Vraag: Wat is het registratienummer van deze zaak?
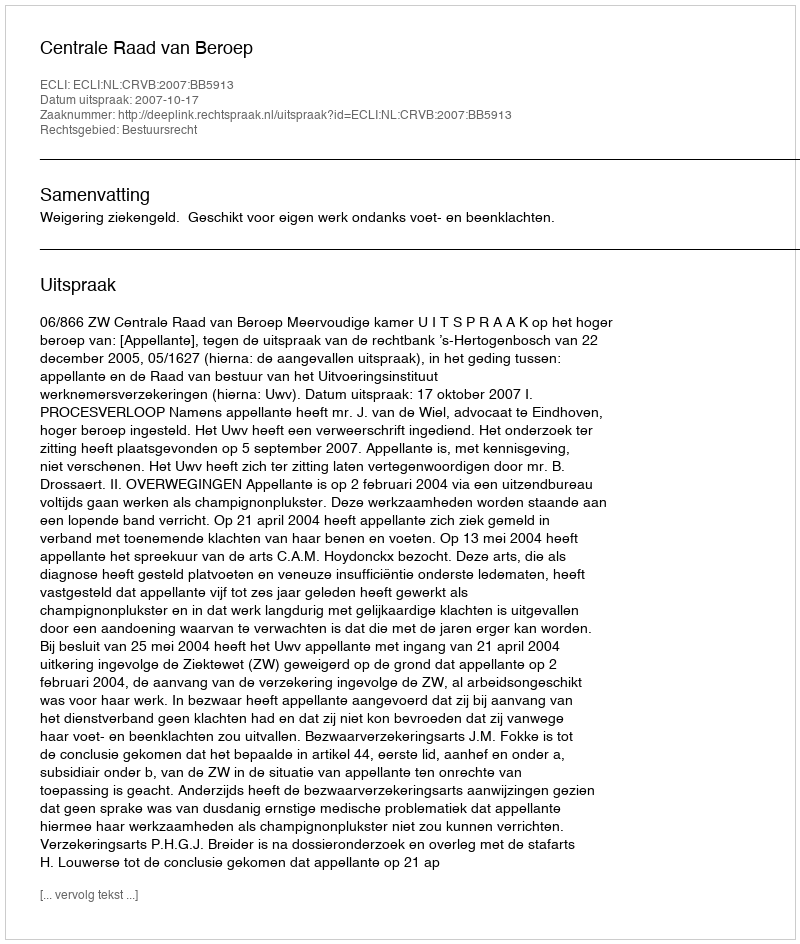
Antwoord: http://deeplink.rechtspraak.nl/uitspraak?id=ECLI:NL:CRVB:2007:BB5913